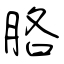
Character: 胳